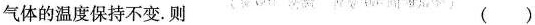
气体的温度保持不变。则 ()